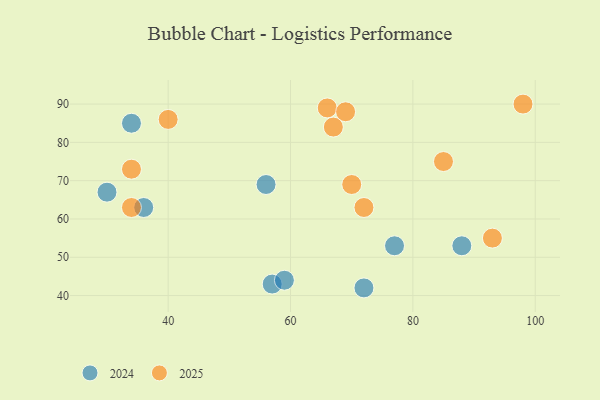
{"axis": {"x": "GDP", "y": "Life Expectancy"}, "legend": ["2024", "2025"], "data": [{"x": "72", "y": 63, "type": "2025"}, {"x": "66", "y": 89, "type": "2025"}, {"x": "40", "y": 86, "type": "2025"}, {"x": "70", "y": 69, "type": "2025"}, {"x": "69", "y": 88, "type": "2025"}, {"x": "98", "y": 90, "type": "2025"}, {"x": "67", "y": 84, "type": "2025"}, {"x": "34", "y": 63, "type": "2025"}, {"x": "93", "y": 55, "type": "2025"}, {"x": "85", "y": 75, "type": "2025"}, {"x": "34", "y": 73, "type": "2025"}, {"x": "57", "y": 43, "type": "2024"}, {"x": "72", "y": 42, "type": "2024"}, {"x": "88", "y": 53, "type": "2024"}, {"x": "34", "y": 85, "type": "2024"}, {"x": "59", "y": 44, "type": "2024"}, {"x": "77", "y": 53, "type": "2024"}, {"x": "56", "y": 69, "type": "2024"}, {"x": "36", "y": 63, "type": "2024"}, {"x": "30", "y": 67, "type": "2024"}]}